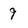
Character: 9